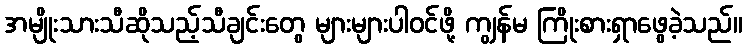
အမျိုးသားသီဆိုသည့်သီချင်းတွေ များများပါဝင်ဖို့ ကျွန်မ ကြိုးစားရှာဖွေခဲ့သည်။